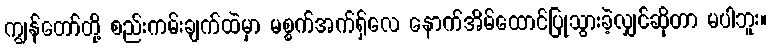
ကျွန်တော်တို့ စည်းကမ်းချက်ထဲမှာ မစ္စက်အက်ရှ်လေ နောက်အိမ်ထောင်ပြုသွားခဲ့လျှင်ဆိုတာ မပါဘူး။